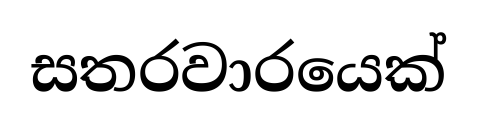
සතරවාරයෙක්